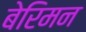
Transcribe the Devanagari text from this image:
बेरिमन